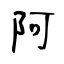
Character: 阿